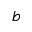
b